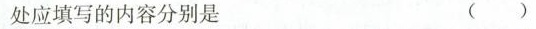
处应填写的内容分别是 （ ）